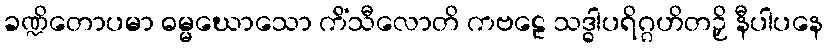
ခဏ္ဍိတောပမာ ဓမ္မဃောသော ကိံသီလောတိ ကဗဠေ သဒ္ဓါပရိဂ္ဂဟိတဉှိ နီပါပနေ